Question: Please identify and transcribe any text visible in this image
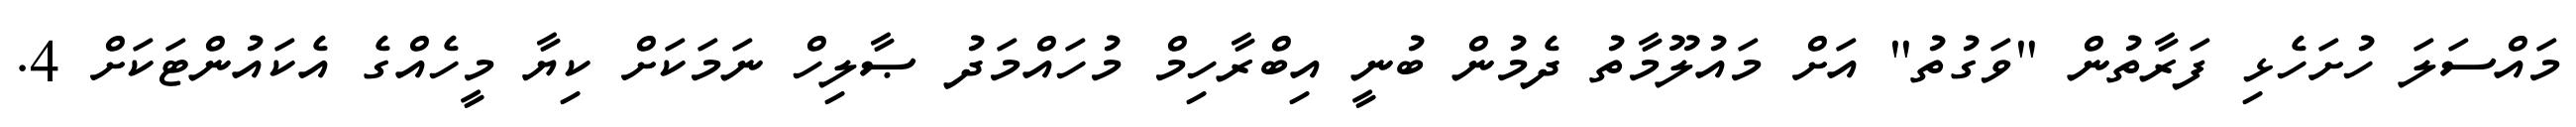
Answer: މައްސަލަ ހުށަހެޅި ފަރާތުން "ވަގުތު" އަށް މައުލޫމާތު ދެމުން ބުނީ އިބްރާހިމް މުހައްމަދު ޞާލިހް ނަމަކަށް ކިޔާ މީހެއްގެ އެކައުންޓަކަށް 4.